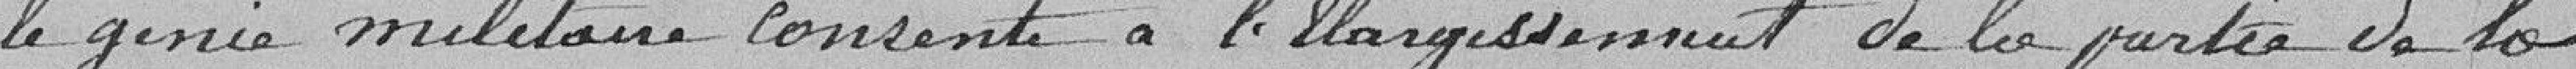
le génie militaire consente à l'élargissement de la partie de la